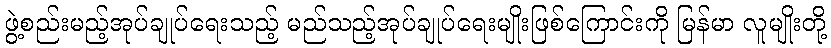
ဖွဲ့စည်းမည့်အုပ်ချုပ်ရေးသည့် မည်သည့်အုပ်ချုပ်ရေးမျိုးဖြစ်ကြောင်းကို မြန်မာ လူမျိုးတို့